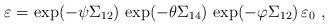
LaTeX: \begin{align*} \varepsilon = \exp(-\psi\Sigma_{12}) \, \exp(-\theta \Sigma_{14}) \, \exp(-\varphi \Sigma_{12})\, \varepsilon_0~,\end{align*}